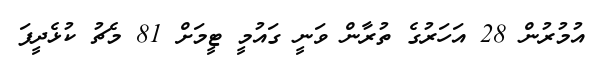
އުމުރުން 28 އަހަރުގެ ތުރާން ވަނީ ގައުމީ ޓީމަށް 81 މެޗު ކުޅެދީފަ